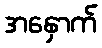
အနှောက်